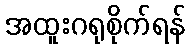
အထူးဂရုစိုက်ရန်